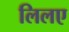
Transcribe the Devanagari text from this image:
लिलए